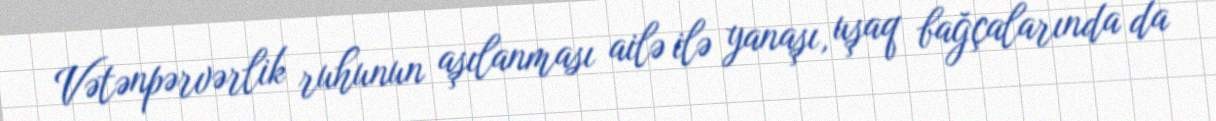
Vətənpərvərlik ruhunun aşılanması ailə ilə yanaşı, uşaq bağçalarında da